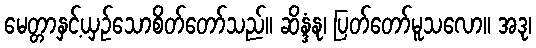
မေတ္တာနှင့်ယှဉ်သောစိတ်တော်သည်။ ဆိန္ဒံနု၊ ပြတ်တော်မူသလော။ အဒု၊